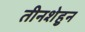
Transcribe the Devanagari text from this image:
तीनशेहुन